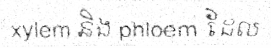
xylem និង phloem ដែល